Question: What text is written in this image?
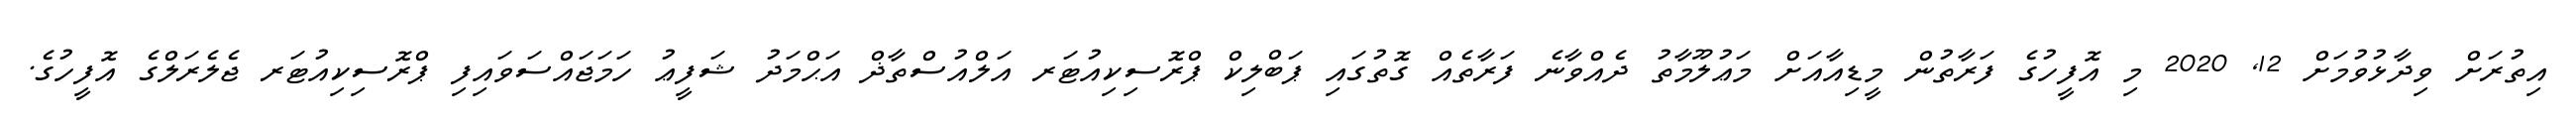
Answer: އިތުރަށް ވިދާޅުވުމަށް 12, 2020 މި އޮފީހުގެ ފަރާތުން މީޑިއާއަށް މަޢުލޫމާތު ދެއްވާނެ ފަރާތެއް ގޮތުގައި ޕަބްލިކް ޕްރޮސިކިއުޓަރ އަލްއުސްތާޛް އަޙްމަދު ޝަފީޢު ހަމަޖައްސަވައިފި ޕްރޮސިކިއުޓަރ ޖެލެރަލްގެ އޮފީހުގެ.